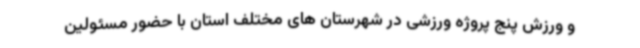
و ورزش پنج پروژه ورزشی در شهرستان های مختلف استان با حضور مسئولین